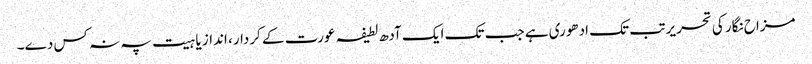
مزاح نگار کی تحریر تب تک ادھوری ہے جب تک ایک آدھ لطیفہ عورت کے کردار، انداز یا ہیت پہ نہ کس دے۔